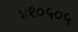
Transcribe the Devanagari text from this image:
४१०५०५